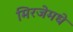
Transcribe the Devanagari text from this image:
मिरजेमधे